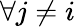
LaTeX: \forall j\ne i